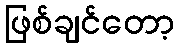
ဖြစ်ချင်တော့